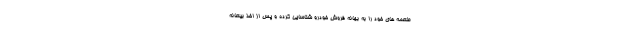
طعمه های خود را به بهانه فروش خودرو شناسایی کرده و پس از اخذ بیعانه